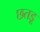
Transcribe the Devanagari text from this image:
छतड़ू